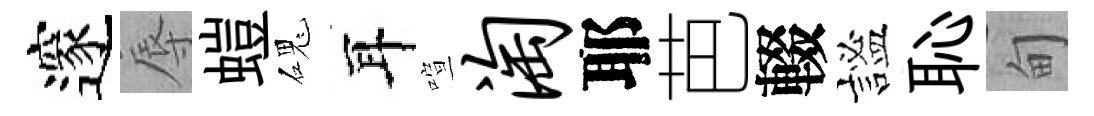
邃辱螘磈耳喧淘耶芭輟謐恥甸